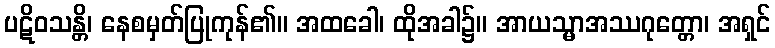
ပဋိဝသန္တိ၊ နေစမှတ်ပြုကုန်၏။ အထခေါ၊ ထိုအခါ၌။ အာယသ္မာအဿဂုတ္တော၊ အရှင်